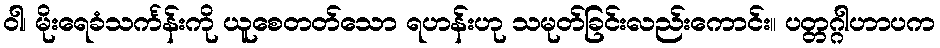
ဝါ၊ မိုးရေခံသင်္ကန်းကို ယူစေတတ်သော ရဟန်းဟု သမုတ်ခြင်းလည်းကောင်း။ ပတ္တဂ္ဂါဟာပက